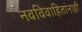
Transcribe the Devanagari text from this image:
नवविवाहितांनाही